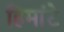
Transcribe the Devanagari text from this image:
हिमांटे